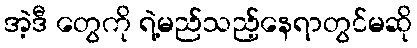
အဲ့ဒီ တွေကို ရဲ့မည်သည့်နေရာတွင်မဆို